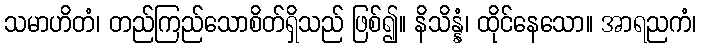
သမာဟိတံ၊ တည်ကြည်သောစိတ်ရှိသည် ဖြစ်၍။ နိသိန္နံ၊ ထိုင်နေသော။ အာရညကံ၊